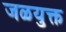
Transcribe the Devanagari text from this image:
जळयुक्त